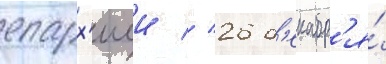
епарх'иеи // 26 д'екабр'я́